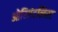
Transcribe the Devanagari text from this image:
ओरिएंटलिस्ट